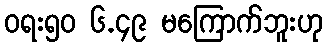
ဝရး၅၀ ၆.၄၉ မကြောက်ဘူးဟု